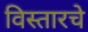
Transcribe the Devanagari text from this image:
विस्तारचे